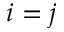
i = j